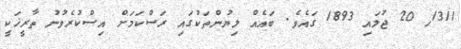
1311ހ 20 ޖުލައި 1893 ގައެވެ. ބައެއް ލިޔުންތަކުގައި ރަސްކަމަށް އިސްކުރެވުނު ތާރީޚަކީ